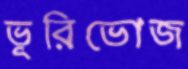
ভূরিভোজ